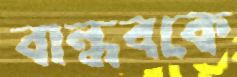
বান্ধবকে